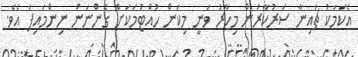
އެކަމަކު ޗައިނާ ސަރުކާރުން މިހާރު ވަނީ މިކަން ހުއްޓުމަކަށް ގެންނަން ނިންމައިފަ އެވެ.